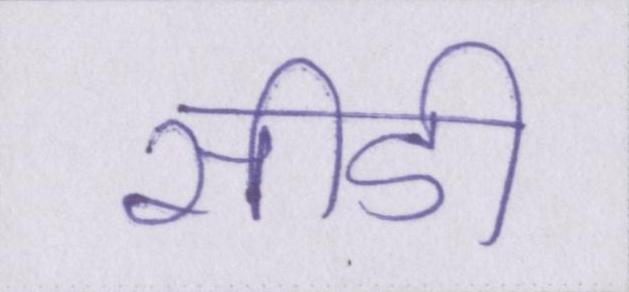
सीडी